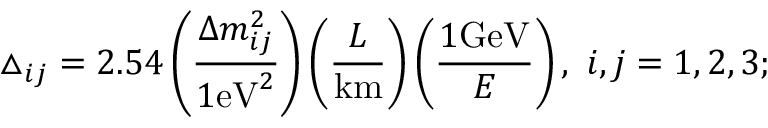
\triangle _ { i j } = 2 . 5 4 \left( \frac { \Delta m _ { i j } ^ { 2 } } { 1 \mathrm { e V } ^ { 2 } } \right) \left( \frac { L } { \mathrm { k m } } \right) \left( \frac { 1 \mathrm { G e V } } { E } \right) , ~ i , j = 1 , 2 , 3 ;